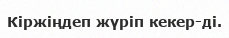
Кіржіңдеп жүріп кекер-ді.